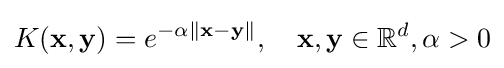
K(\mathbf {x} ,\mathbf {y} )=e^{-\alpha \|\mathbf {x} -\mathbf {y} \|},\quad \mathbf {x} ,\mathbf {y} \in \mathbb {R} ^{d},\alpha >0